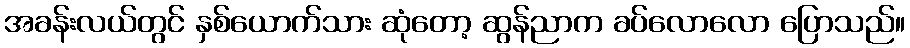
အခန်းလယ်တွင် နှစ်ယောက်သား ဆုံတော့ ဆွန်ညာက ခပ်လောလော ပြောသည်။